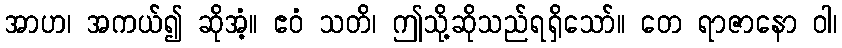
အာဟ၊ အကယ်၍ ဆိုအံ့။ ဧဝံ သတိ၊ ဤသို့ဆိုသည်ရရှိသော်။ တေ ရာဇာနော ဝါ၊